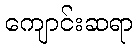
ကျောင်းဆရာ